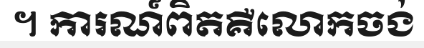
។ ការណ៍ពិតគឺលោកចង់